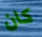
كان